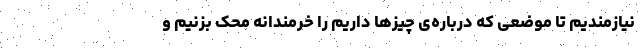
نیازمندیم تا موضعی که درباره‌ی چیزها داریم را خرمندانه محک بزنیم و